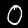
Label: 0